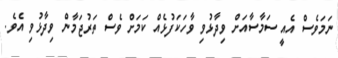
ނަމަވެސް އެއީ ސަމާސާއަށް ވިދާޅުވި ވާހަކަފުޅެއް ކަމަށް ވެސް ތަރުޖަމާން ވިދާޅުވި އެވެ.